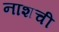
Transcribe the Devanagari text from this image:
नाशची